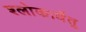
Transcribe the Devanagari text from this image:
श्लोकार्धेतु